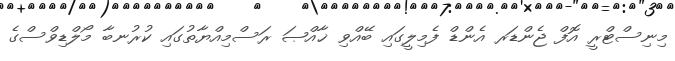
މިނިސްޓްރީ އޮފް ޖެންޑަރ އެންޑް ފެމިލީގައި ބޭއްވި ޚާއްޞަ ރަސްމިއްޔާތުގައި ކުރުނބާ މޯލްޑިވްސްގެ